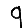
Digit: 9